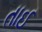
તાઈ